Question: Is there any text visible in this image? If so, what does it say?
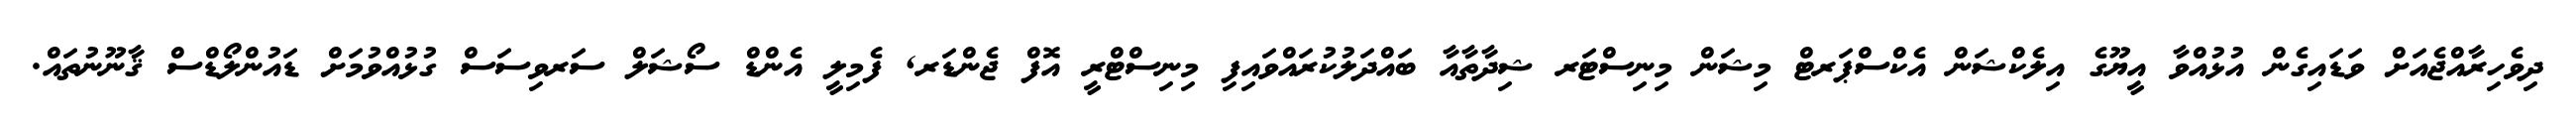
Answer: ދިވެހިރާއްޖެއަށް ވަޑައިގެން އުޅުއްވާ އީޔޫގެ އިލެކްޝަން އެކްސްޕަރޓް މިޝަން މިނިސްޓަރ ޝިދާތާއާ ބައްދަލުކުރައްވައިފި މިނިސްޓްރީ އޮފް ޖެންޑަރ, ފެމިލީ އެންޑް ސޯޝަލް ސަރވިސަސް ގުޅުއްވުމަށް ޑައުންލޯޑްސް ޤާނޫނުތައް.